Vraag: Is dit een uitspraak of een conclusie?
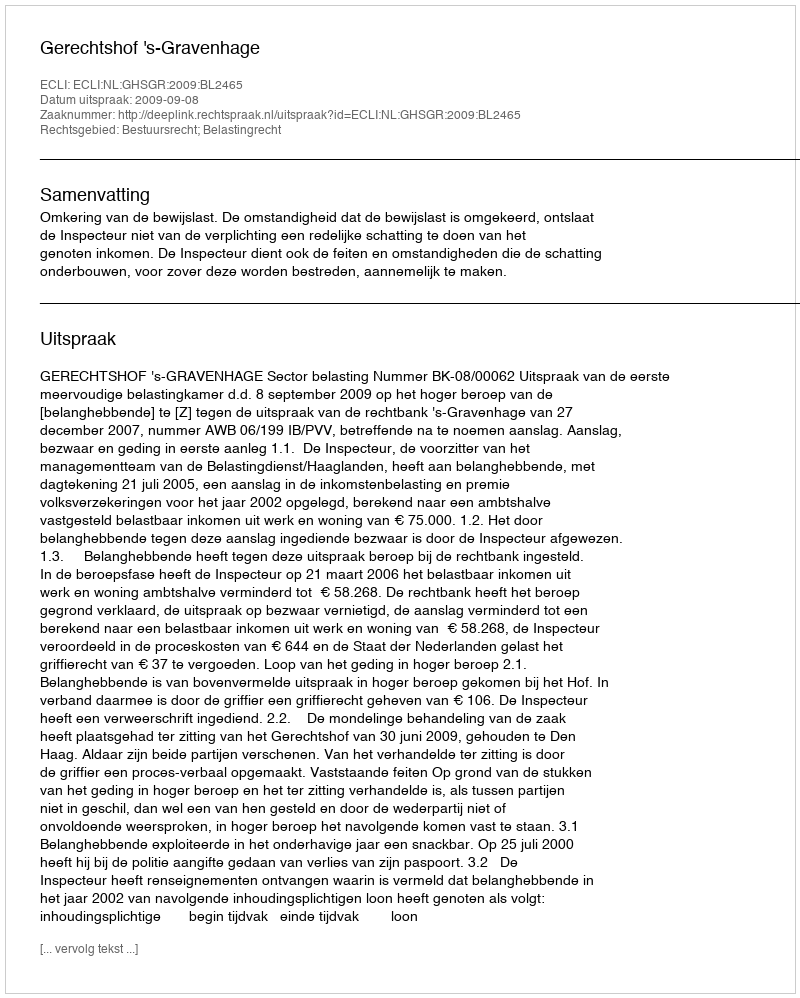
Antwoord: Uitspraak